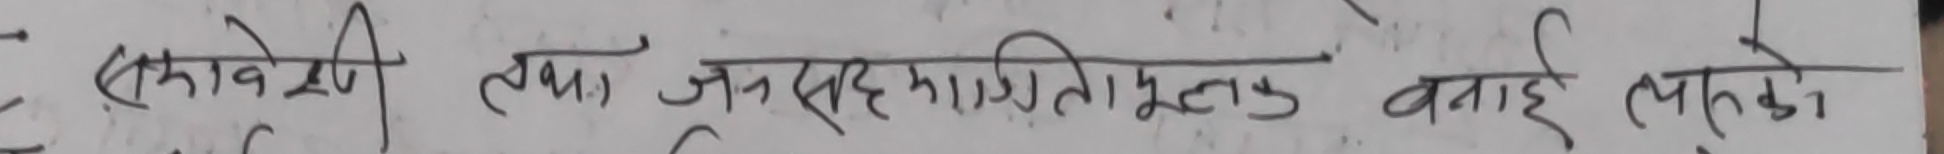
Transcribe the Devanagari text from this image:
अकावेरी तथा जनसङ्ख्यिकी मूलक बनाई लहको